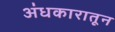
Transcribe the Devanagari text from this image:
अंधकारातून